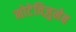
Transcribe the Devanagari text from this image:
मोटेविज़ुमेब